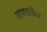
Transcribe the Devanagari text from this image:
मायावतींचा